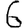
Digit: 6